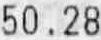
50.28